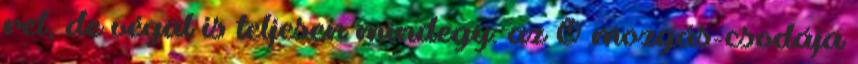
ret, de végül is teljesen mindegy: az Ő mozgás-csodája